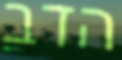
הדב